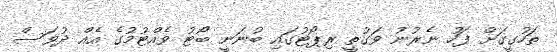
ތަހުގީގަށް ފަހު ނެރުނު ވަގުތީ ރިޕޯޓުގައި ބުނަނީ ބޯޓު ވެއްޓުމުގެ އެއް ދުވަސް